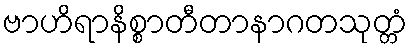
ဗာဟိရာနိစ္စာတီတာနာဂတသုတ္တံ